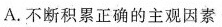
A.不断积累正确的主观因素